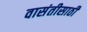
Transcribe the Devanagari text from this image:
वासंतीसाठी